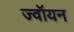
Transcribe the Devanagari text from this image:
ज्वॉयन